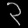
Digit: ၃